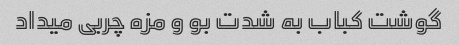
گوشت کباب به شدت بو و مزه چربی میداد